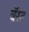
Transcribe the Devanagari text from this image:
बॅस्ट